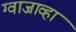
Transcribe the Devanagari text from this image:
ग्वाजाव्हा